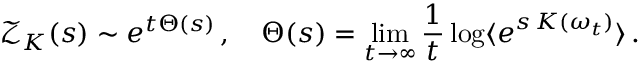
\mathcal { Z } _ { K } ( s ) \sim e ^ { t \Theta ( s ) } \, , \quad \Theta ( s ) = \operatorname* { l i m } _ { t \to \infty } \frac { 1 } { t } \log \langle e ^ { s \, K ( \omega _ { t } ) } \rangle \, .